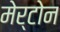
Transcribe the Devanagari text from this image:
मेर्टोन